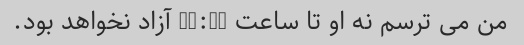
من می ترسم نه او تا ساعت 11:30 آزاد نخواهد بود.